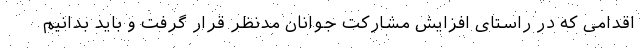
اقدامی که در راستای افزایش مشارکت جوانان مدنظر قرار گرفت و باید بدانیم